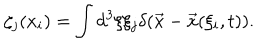
\zeta _ { j } ( x _ { i } ) = \int d ^ { 3 } \xi \xi _ { j } \delta ( \vec { x } - \vec { x } ( \xi _ { i } , t ) ) .